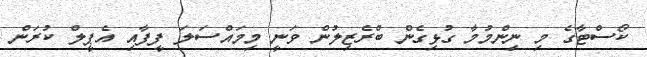
ކޯސްޓާގެ މި ނިންމުމާ ގުޅިގެން ބްރެޒިލުން ވަނީ މިމައްސަލަ ފީފާއި އެޕީލް ކުރަން